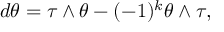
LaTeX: d \theta = \tau \wedge \theta - ( - 1 ) ^ { k } \theta \wedge \tau ,